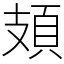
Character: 頍